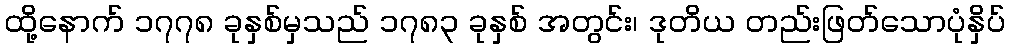
ထို့နောက် ၁၇၇၈ ခုနှစ်မှသည် ၁၇၈၃ ခုနှစ် အတွင်း၊ ဒုတိယ တည်းဖြတ်သောပုံနှိပ်